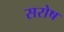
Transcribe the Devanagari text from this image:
सरोष